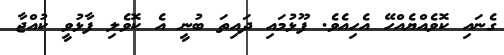
ގެނައި ކޮވެއްޔެއްހޭ އެހިއެވެ. ފޫޅުމައި ދައިތަ ބުނީ އެ ކޮވެލި ފާޅުވީ ކުއްޖާ